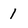
Character: 1